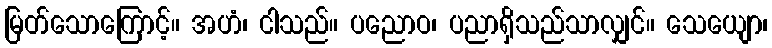
မြတ်သောကြောင့်။ အဟံ၊ ငါသည်။ ပညောဝ၊ ပညာရှိသည်သာလျှင်။ သေယျော၊